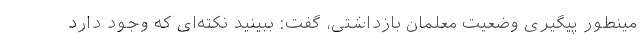
مینطور پیگیری وضعیت معلمان بازداشتی، گفت: ببینید نکته‌ای که وجود دارد